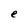
Character: e